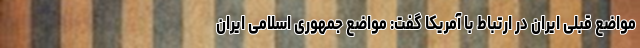
مواضع قبلی ایران در ارتباط با آمریکا گفت: مواضع جمهوری اسلامی ایران